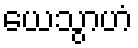
ယေသွာဟံ